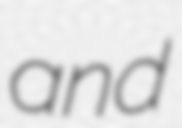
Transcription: and